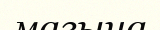
магына